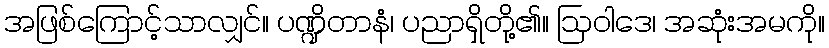
အဖြစ်ကြောင့်သာလျှင်။ ပဏ္ဍိတာနံ၊ ပညာရှိတို့၏။ ဩဝါဒေ၊ အဆုံးအမကို။